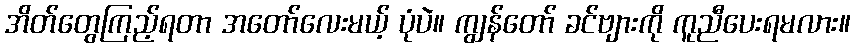
အိတ်တွေကြည့်ရတာ အတော်လေးမယ့် ပုံပဲ။ ကျွန်တော် ခင်ဗျားကို ကူညီပေးရမလား။